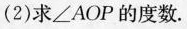
(2)求∠AOP的度数.